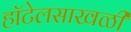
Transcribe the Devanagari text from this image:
हॉटेलसाखळी